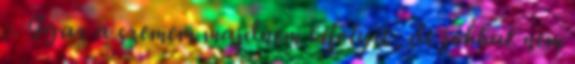
:- Igaz a szemem majdnem kifolyik, de jobbat nem